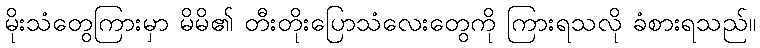
မိုးသံတွေကြားမှာ မိမိ၏ တီးတိုးပြောသံလေးတွေကို ကြားရသလို ခံစားရသည်။